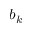
b _ { k }